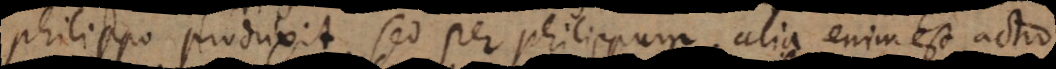
Philippo produxit, sed per Philippum, alia enim est actio